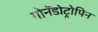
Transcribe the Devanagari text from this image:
गोनॅडोट्रोपिन